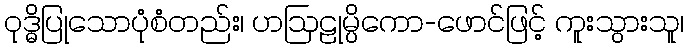
ဝုဒ္ဓိပြုသောပုံစံတည်း၊ ဟဩဠုမ္ပိကော-ဖောင်ဖြင့် ကူးသွားသူ၊